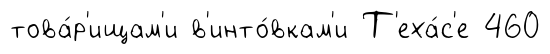
това́р'ищам'и в'инто́вкам'и Т'еха́с'е 460